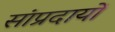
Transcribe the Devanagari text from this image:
सांप्रदायों